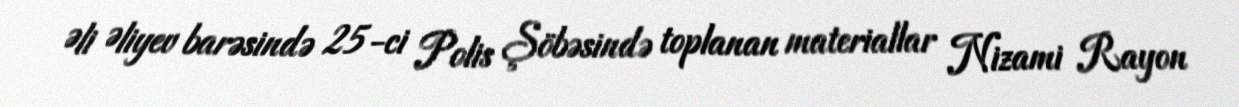
Əli Əliyev barəsində 25-ci Polis Şöbəsində toplanan materiallar Nizami Rayon